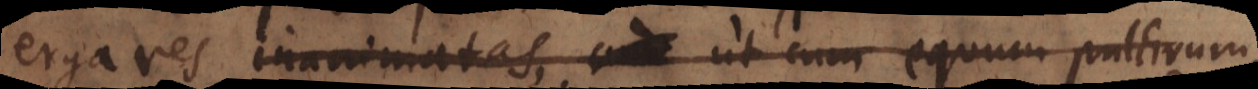
erga res inanimatas, ut cum equum pulchrum,